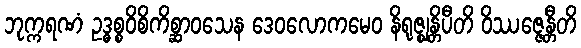
ဘုက္ကရဏံ ဥဒ္ဓစ္စဝိစိကိစ္ဆာဝသေန ဒေဝလောကမေဝ နိရုဇ္ဈန္တိပီတိ ဝိဿဇ္ဇေန္တီတိ